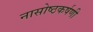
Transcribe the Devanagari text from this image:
नासोष्ठकर्षणी